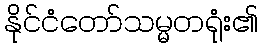
နိုင်ငံတော်သမ္မတရုံး၏